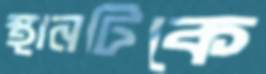
স্থানটিকে